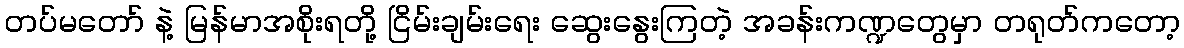
တပ်မတော် နဲ့ မြန်မာအစိုးရတို့ ငြိမ်းချမ်းရေး ဆွေးနွေးကြတဲ့ အခန်းကဏ္ဍတွေမှာ တရုတ်ကတော့